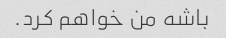
باشه من خواهم کرد.